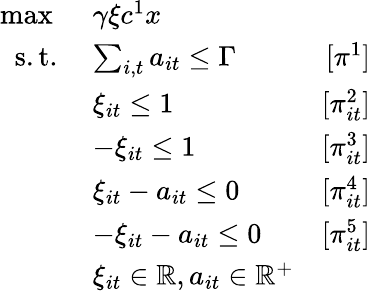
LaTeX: \begin{array}{rlr}{\operatorname*{max}\ }&{\gamma\xi c^{1}x}\\ {\mathrm{s.t.}\ }&{\sum_{i,t}a_{it}\leq\Gamma}&{[\pi^{1}]}\\ &{\xi_{it}\leq 1}&{[\pi_{it}^{2}]}\\ &{-\xi_{it}\leq 1}&{[\pi_{it}^{3}]}\\ &{\xi_{it}-a_{it}\leq 0}&{[\pi_{it}^{4}]}\\ &{-\xi_{it}-a_{it}\leq 0}&{[\pi_{it}^{5}]}\\ &{\xi_{it}\in\mathbb{R},a_{it}\in\mathbb{R}^{+}}\end{array}